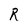
Character: R